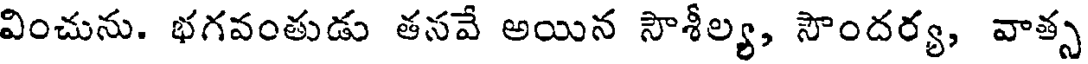
వించును. భగవంతుడు తనవే అయిన సౌశీల్య, సౌందర్య, వాత్స